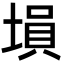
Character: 塤